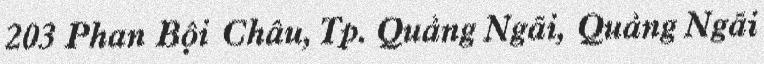
203 Phan Bội Châu, Tp. Quảng Ngãi, Quảng Ngãi